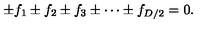
\pm f _ { 1 } \pm f _ { 2 } \pm f _ { 3 } \pm \cdots \pm f _ { D / 2 } = 0 .